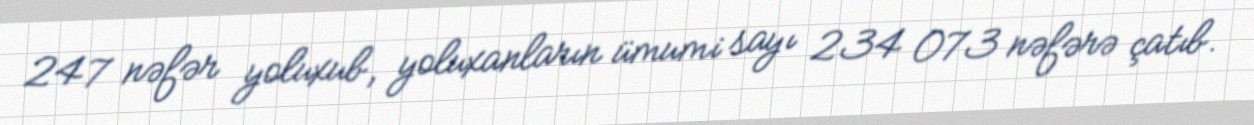
247 nəfər yoluxub, yoluxanların ümumi sayı 234 073 nəfərə çatıb.